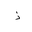
Letter: _thal